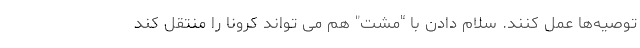
توصیه‌ها عمل کنند. سلام دادن با "مشت" هم می تواند کرونا را منتقل کند